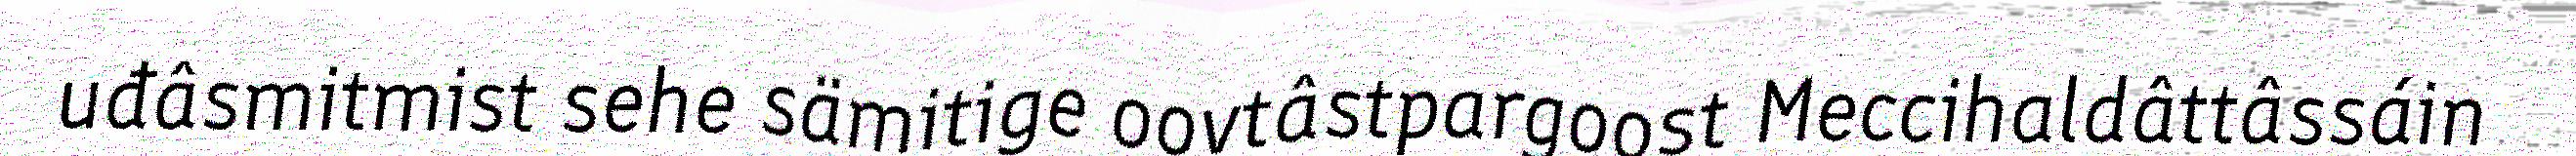
uđâsmitmist sehe sämitige oovtâstpargoost Meccihaldâttâssáin